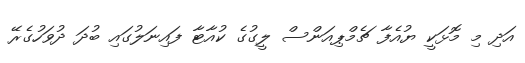
އަދި މި މޮޅަކީ ޔުއެފާ ޗެމްޕިއަންސް ލީގުގެ ކުއާޓާ ފައިނަލުގައި ބުދަ ދުވަހުގެރޭ